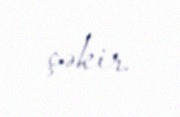
çəkir.